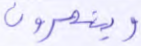
وينصرون